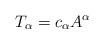
LaTeX: \begin{align*} T_{\alpha} = c_{\alpha} A^{\alpha} \end{align*}